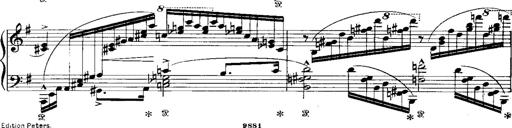
Title: RÃ©miniscences de Norma de Bellini
Composer: Franz Liszt